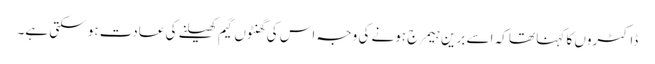
ڈاکٹروں کا کہنا تھا کہ اسے برین ہیمرج ہونے کی وجہ اس کی گھنٹوں گیم کھیلنے کی عادت ہو سکتی ہے۔